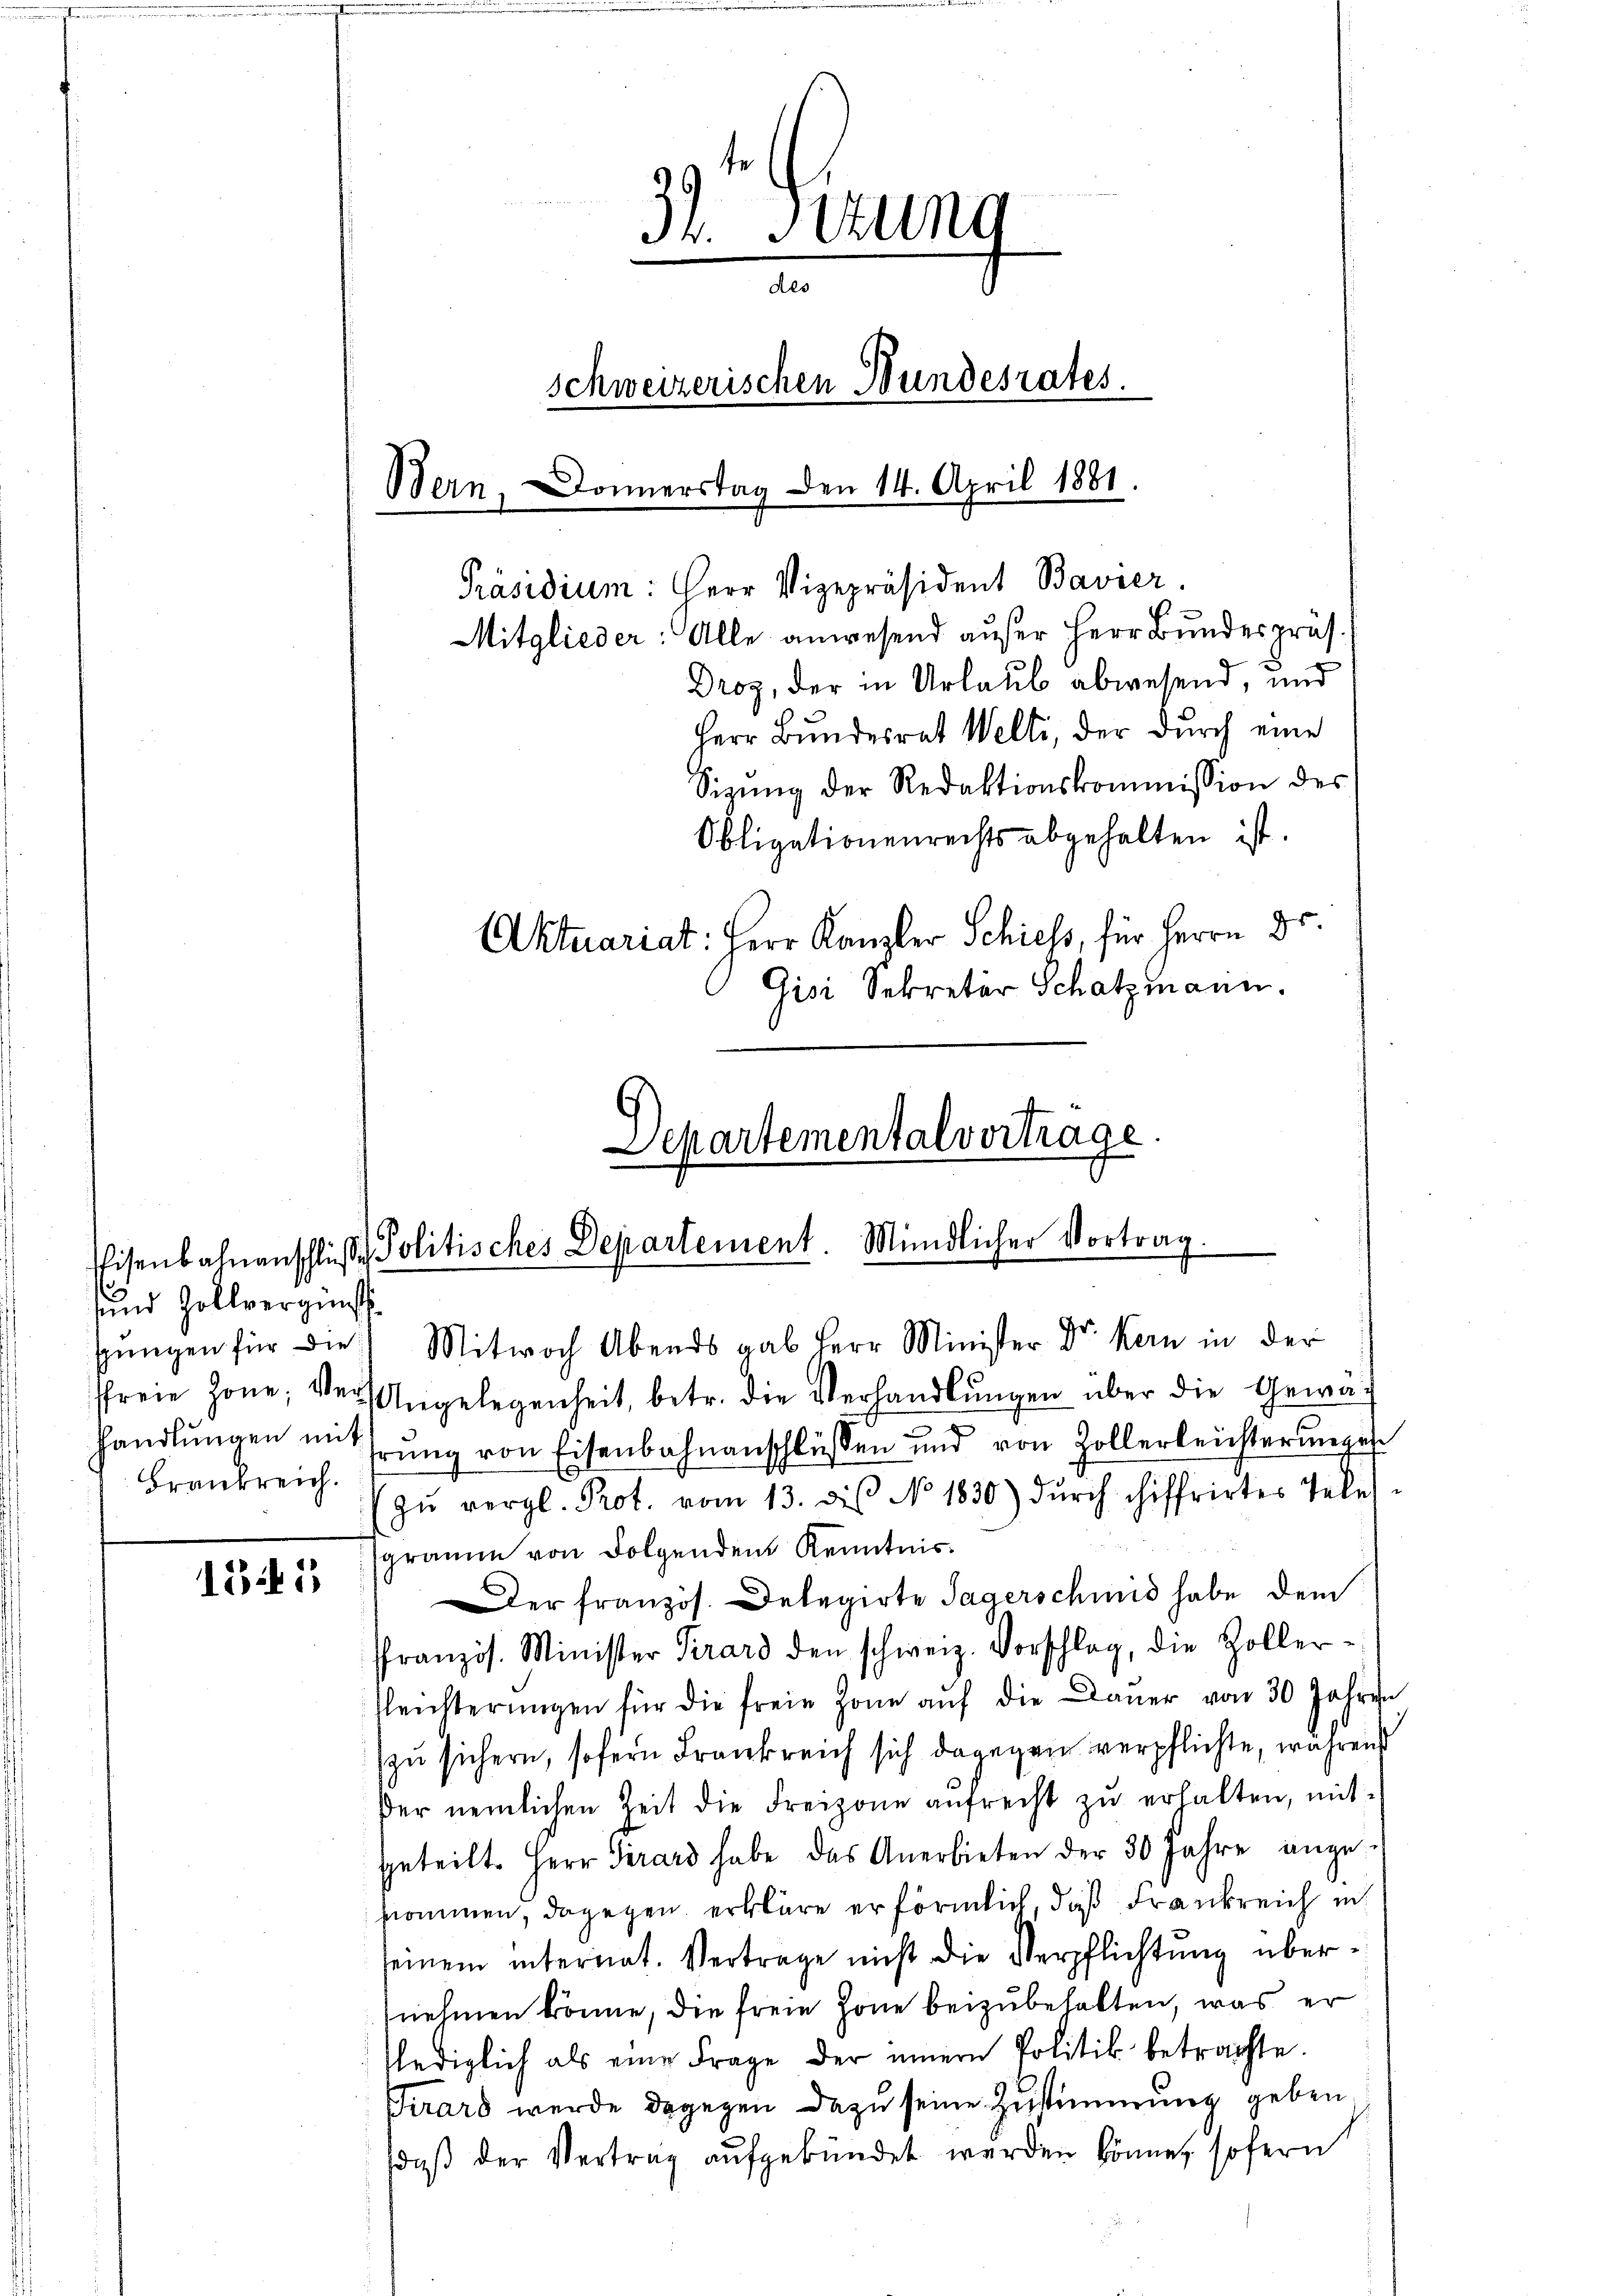
sund Zollvergünst
Brankreich.

1345

3t. Situng
des
schweizerischen Wundesrates.
Bern, Donnerstag den 14. April 1881.
Präsidium: Herr Vizepräsident Bavier
Mitglieder: Alle anwesend außer Herr Bundespräs.
Droy, der in Urlaub abwesend, und
Herr Bundesrat Welti, der durch eine
Sizŭng der Redaktionskommission des
Obligationenrechts abgehalten ist.
Aktuariat: Herr Kanzler Schiess, für Herrn Dr.
Gisi Sekretär Schatzmann.

Departemental vortrage
Eisenbahnanschlüβe Politisches Departement. Mündlicher Vortrag.

sŭngen für die Mitwoch Abends gab Herr Minister Dr. Kern in der
sfreie Jone, der Angelegenheit, betr. die Verhandlŭngen über die Gewäch
handlŭngen in rŭng von Eisenbahnanschlüssen und von Zollerleichterunges
zŭ vergl. Prot. vom 13. des No 1830) dŭrch chiffrirtes Telegramm von Folgenden Kenntnis.
Der französ. Delegirte Sagerschmid habe dem
französ. Minister Verars den schweiz. Vorschlag, die Zoller-
Gleichterŭngen für die freie Zone aŭf die Daŭer von 30 Jahren
zu sichern, sofern Frankreich sich dagegen verpflichte, während
der nemlichen Zeit die Freizone aŭfrecht zŭ erhalten, mitgeteilt. Herr Girard habe das Anerbieten der 30 Jahre ange-
nommen, dagegen erkläre er förmlich, daß Frankreich in
seinem internat. Vertrage nicht die Verpflichtung übernehmen könne, die freie Zone beizubehalten, was er
lediglich als eine Frage der innern Politik betrachte.
Firard werde dagegen dazu seine Zustimmung geben,
daß der Vertrag aufgekündet werden könne, sofern